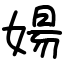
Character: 婸